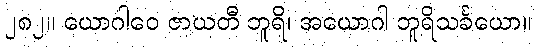
၂၈၂။ ယောဂါဝေ ဇာယတီ ဘူရိ၊ အယောဂါ ဘူရိသင်္ခယော။